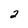
Character: 2